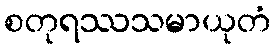
စတုရဿသမာယုတံ